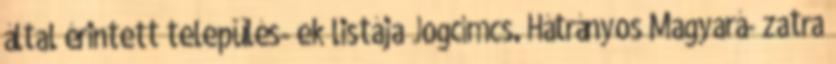
által érintett település- ek listája Jogcímcs. Hátrányos Magyará- zatra